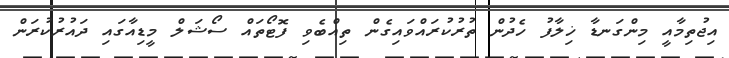
އިޖުތިމާއީ މިންގަނޑާ ޚިލާފު ހެދުން ތުރުކުރައްވައިގެން ތިއްބެވި ފޮޓޯތައް ސޯޝަލް މީޑިއާގައި ދައުރުކުރަން